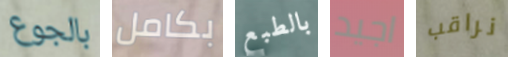
بالجوع بكامل بالطبع اجيد نراقب